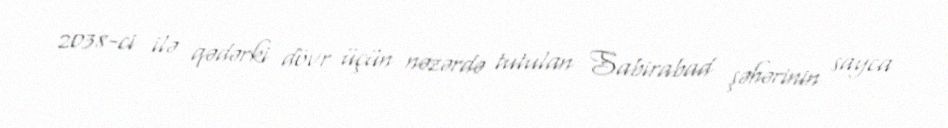
2038-ci ilə qədərki dövr üçün nəzərdə tutulan Sabirabad şəhərinin sayca